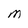
Character: M